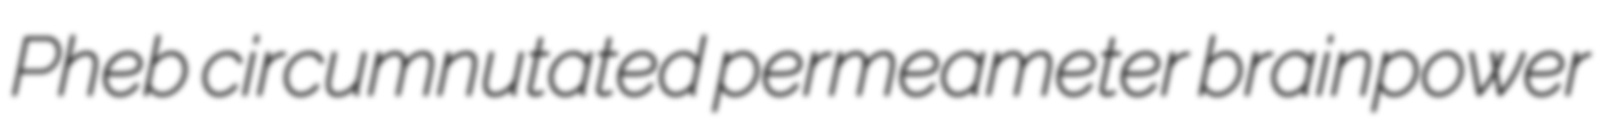
Pheb circumnutated permeameter brainpower